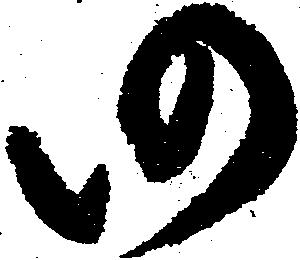
仍